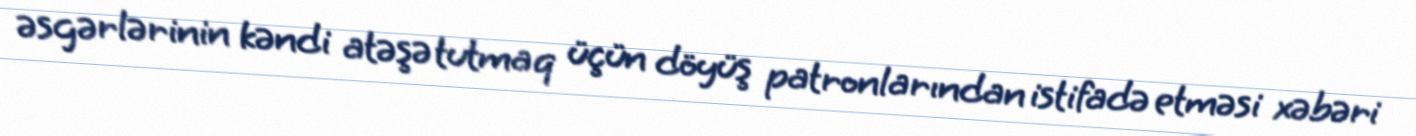
əsgərlərinin kəndi atəşə tutmaq üçün döyüş patronlarından istifadə etməsi xəbəri